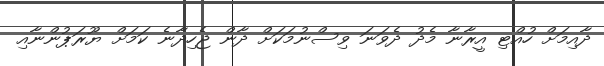
ދާއިމަށް ހުއްޓި އީރާނާ މެދު ދެވަނަ ވިސްނުމަކަށް ދާން ޖެހިދާނެ ކަމަށް ޔޫރަޕުންނާއި